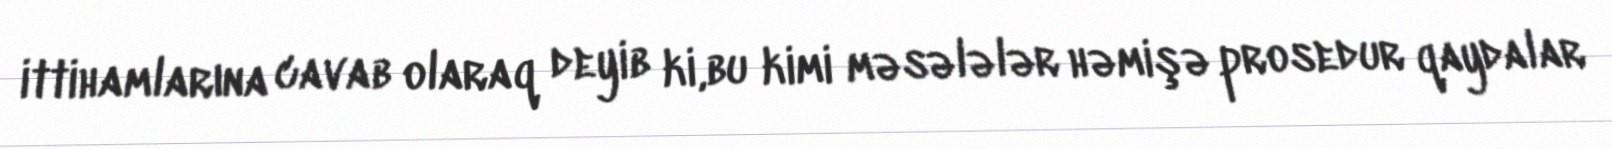
ittihamlarına cavab olaraq deyib ki,bu kimi məsələlər həmişə prosedur qaydalar